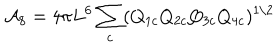
{ \cal A } _ { 8 } = 4 \pi L ^ { 6 } \sum _ { c } ( Q _ { 1 c } Q _ { 2 c } Q _ { 3 c } Q _ { 4 c } ) ^ { 1 / 2 }